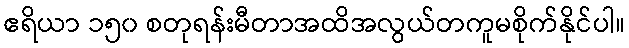
ဧရိယာ ၁၅၀ စတုရန်းမီတာအထိအလွယ်တကူမစိုက်နိုင်ပါ။